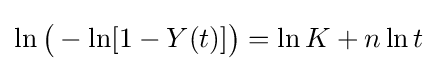
\ln {\big (}-\ln[1-Y(t)]{\big )}=\ln K+n\ln t